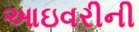
આઇવરીની